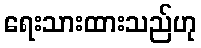
ရေးသားထားသည်ဟု